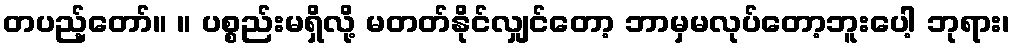
တပည့်တော်။ ။ ပစ္စည်းမရှိလို့ မတတ်နိုင်လျှင်တော့ ဘာမှမလုပ်တော့ဘူးပေါ့ ဘုရား၊